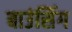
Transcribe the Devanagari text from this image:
बाउंसिंग